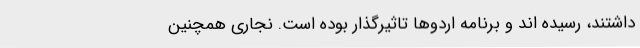
داشتند، رسیده اند و برنامه اردوها تاثیرگذار بوده است. نجاری همچنین